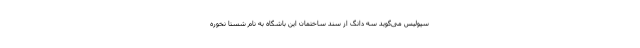
سپولیس می‌گوید سه دانگ از سند ساختمان این باشگاه به نام شستا نخوره